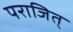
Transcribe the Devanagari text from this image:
पराजित्